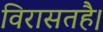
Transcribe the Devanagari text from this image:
विरासतहै।